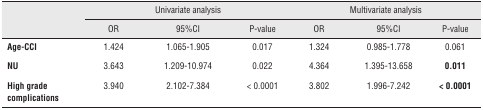
| <ROWSPAN=2>  | <COLSPAN=3> Univariate analysis | <COLSPAN=3> Multivariate analysis |
 | OR | 95%CI | P-value | OR | 95%CI | P-value |
 | --- | --- | --- | --- | --- | --- | --- |
 | Age-CCI | 1.424 | 1.065-1.905 | 0.017 | 1.324 | 0.985-1.778 | 0.061 |
 | NU | 3.643 | 1.209-10.974 | 0.022 | 4.364 | 1.395-13.658 | 0.011 |
 | High grade complications | 3.940 | 2.102-7.384 | < 0.0001 | 3.802 | 1.996-7.242 | < 0.0001 |